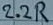
Text: 2.2R